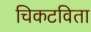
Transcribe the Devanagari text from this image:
चिकटविता